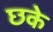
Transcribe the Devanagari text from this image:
छके